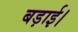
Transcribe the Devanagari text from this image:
बड़ाई।